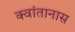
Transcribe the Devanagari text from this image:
क्वांतानास